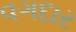
વગદાર